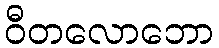
ဝီတလောဘော